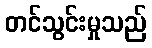
တင်သွင်းမှုသည်